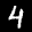
Label: 4